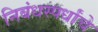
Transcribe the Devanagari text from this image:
निबंधस्पर्धांचे